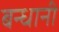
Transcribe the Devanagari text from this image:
बन्धानी